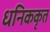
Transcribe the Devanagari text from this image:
धनिककृत